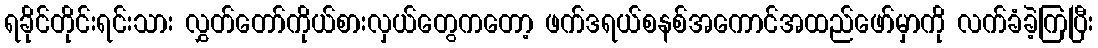
ရခိုင်တိုင်းရင်းသား လွှတ်တော်ကိုယ်စားလှယ်တွေကတော့ ဖက်ဒရယ်စနစ်အကောင်အထည်ဖော်မှာကို လက်ခံခဲ့ကြပြီး